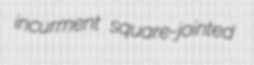
incurment square-jointed